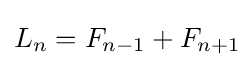
\textstyle L_{n}=F_{n-1}+F_{n+1}\!